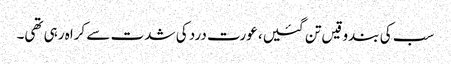
سب کی بندوقیں تن گئیں، عورت درد کی شدت سے کراہ رہی تھی۔